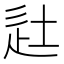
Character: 𨑡